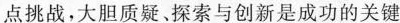
点挑战，大胆质疑、探索与创新是成功的关键